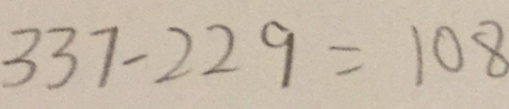
3 3 7 - 2 2 9 = 1 0 8